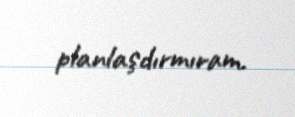
planlaşdırmıram.